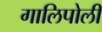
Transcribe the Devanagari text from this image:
गालिपोली